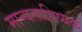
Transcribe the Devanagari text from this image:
मान्यताविष्यक